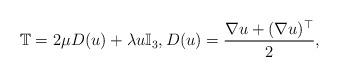
LaTeX: \begin{align*}\mathbb{T}=2\mu D(u)+\lambda u \mathbb{I}_3, D(u)=\frac{\nabla u+(\nabla u)^\top}{2},\end{align*}